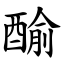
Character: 䤅